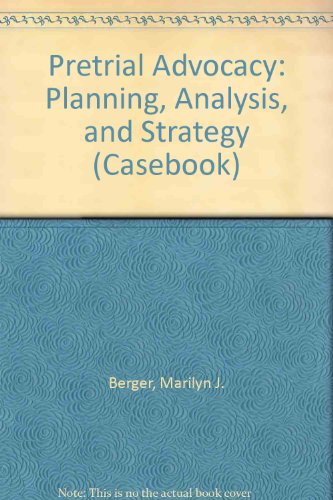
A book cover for Pre-Trial Advocacy: Planning, Analysis and Strategy (Casebook); Marilyn J. Berger; Law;